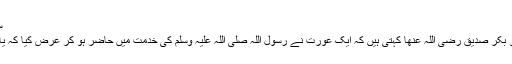
سنن ابو داود
اسما بنت ابو بکر صدیق رضی اللہ عنھا کہتی ہیں کہ ایک عورت نے رسول اللہ صلی اللہ علیہ وسلم کی خدمت میں حاضر ہو کر عرض کیا کہ یا رسول اللہ!